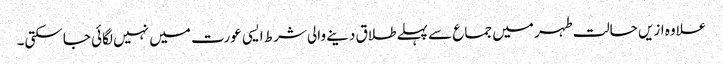
علاوہ ازیں حالت طہر میں جماع سے پہلےطلاق دینے والی شرط ایسی عورت میں نہیں لگائی جاسکتی۔